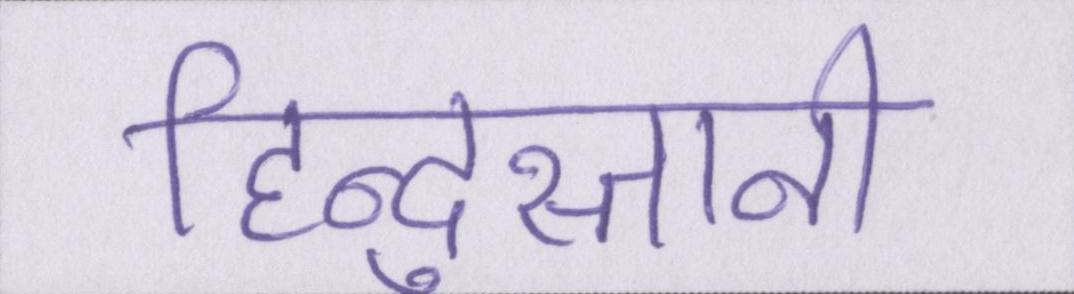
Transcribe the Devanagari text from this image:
हिन्दुस्तानी